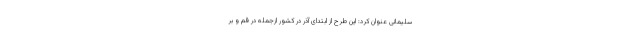
سلیمانی عنوان کرد: این طرح از ابتدای آذر در کشور ازجمله در قم و بر